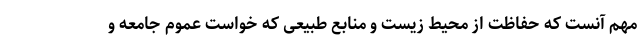
مهم آنست که حفاظت از محیط زیست و منابع طبیعی که خواست عموم جامعه و